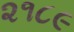
૨૧૮૯